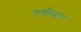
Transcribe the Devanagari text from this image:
हत्तीस्वार